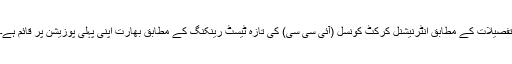
تفصیلات کے مطابق انٹرنیشنل کرکٹ کونسل (آئی سی سی) کی تازہ ٹیسٹ رینکنگ کے مطابق بھارت اپنی پہلی پوزیشن پر قائم ہے۔